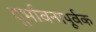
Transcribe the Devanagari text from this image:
दुर्भावनापूर्वक